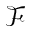
\mathcal { F }